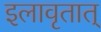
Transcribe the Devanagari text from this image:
इलावृतात्